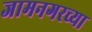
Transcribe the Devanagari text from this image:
जामनगरच्या